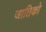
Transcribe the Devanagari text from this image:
जातिको